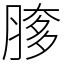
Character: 䐒